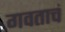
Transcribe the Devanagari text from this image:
गवताचं